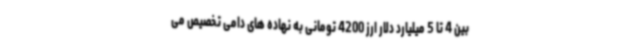
بین 4 تا 5 میلیارد دلار ارز 4200 تومانی به نهاده های دامی تخصیص می